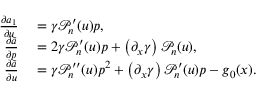
\begin{array} { r l } { \frac { \partial a _ { 1 } } { \partial u } } & { { } = \gamma \mathcal { P } _ { n } ^ { \prime } ( u ) p , } \\ { \frac { \partial \tilde { a } } { \partial p } } & { { } = 2 \gamma \mathcal { P } _ { n } ^ { \prime } ( u ) p + \left( \partial _ { x } \gamma \right) \mathcal { P } _ { n } ( u ) , } \\ { \frac { \partial \tilde { a } } { \partial u } } & { { } = \gamma \mathcal { P } _ { n } ^ { \prime \prime } ( u ) p ^ { 2 } + \left( \partial _ { x } \gamma \right) \mathcal { P } _ { n } ^ { \prime } ( u ) p - g _ { 0 } ( x ) . } \end{array}